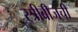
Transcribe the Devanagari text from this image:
स्त्रीबीजची